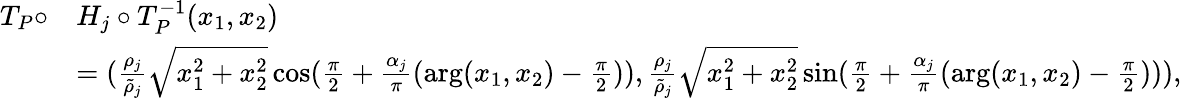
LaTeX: \begin{array}{rl}{T_{P}\circ}&{H_{j}\circ T_{P}^{-1}(x_{1},x_{2})}\\ &{=(\frac{\rho_{j}}{\tilde{\rho}_{j}}\sqrt{x_{1}^{2}+x_{2}^{2}}\cos(\frac{\pi}{2}+\frac{\alpha_{j}}{\pi}(\arg(x_{1},x_{2})-\frac{\pi}{2})),\frac{\rho_{j}}{\tilde{\rho}_{j}}\sqrt{x_{1}^{2}+x_{2}^{2}}\sin(\frac{\pi}{2}+\frac{\alpha_{j}}{\pi}(\arg(x_{1},x_{2})-\frac{\pi}{2}))),}\end{array}